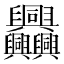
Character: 𦧅